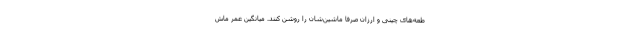
طعه‌های چینی و ارزان صرفا ماشین‌شان را روشن کنند. میانگین عمر ماش